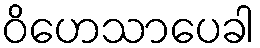
ဝိဟေသာပေခါ